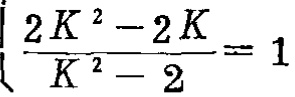
\(\frac{2K^{2}-2K}{K^{2}-2}=1\)